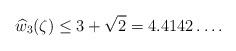
LaTeX: \begin{align*} \widehat{w}_{3}(\zeta)\leq 3+\sqrt{2}=4.4142\ldots.\end{align*}